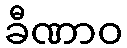
ခီဏာဝ